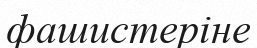
фашистеріне